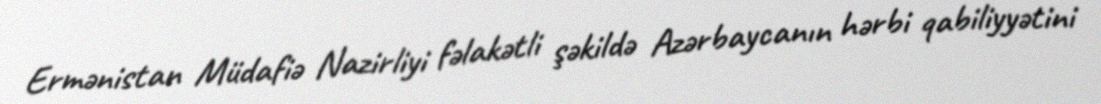
Ermənistan Müdafiə Nazirliyi fəlakətli şəkildə Azərbaycanın hərbi qabiliyyətini